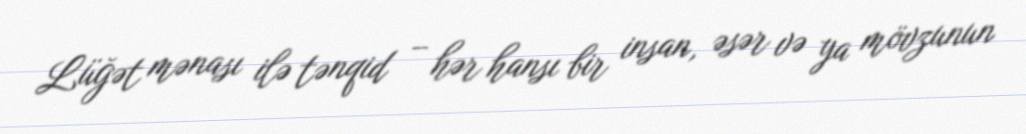
Lüğət mənası ilə tənqid – hər hansı bir insan, əsər və ya mövzunun